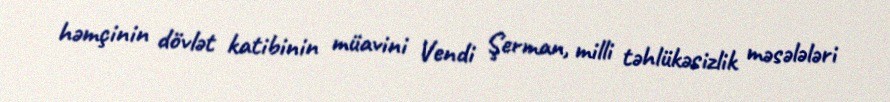
həmçinin dövlət katibinin müavini Vendi Şerman, milli təhlükəsizlik məsələləri